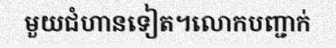
មួយជំហានទៀត។លោកបញ្ជាក់